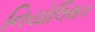
નિયોલિથક